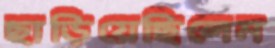
ছাড়িয়েছিলেম